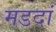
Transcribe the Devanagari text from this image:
मडदां